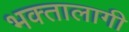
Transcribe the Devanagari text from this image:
भक्‍तालागी